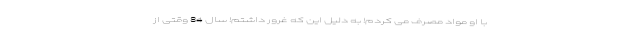
با او مواد مصرف می کردم! به دلیل این که غرور داشتم! سال 84 وقتی از